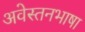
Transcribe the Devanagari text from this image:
अवेस्तनभाषा